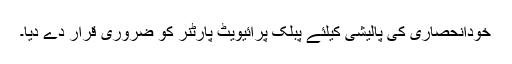
خودانحصاری کی پالیشی کیلئے پبلک پرائیویٹ پارٹنر کو ضروری قرار دے دیا۔